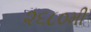
૨૬૮૦મી